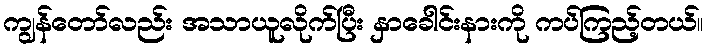
ကျွန်တော်လည်း အသာယူလိုက်ပြီး နှာခေါင်းနားကို ကပ်ကြည့်တယ်။